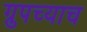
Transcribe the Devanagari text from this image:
ग्रुपच्याच